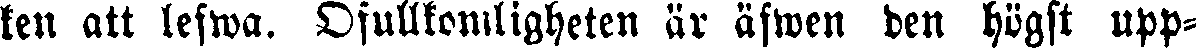
ken att lefwa. Ofullkomligheten är äfwen den högst upp-